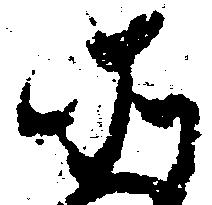
そ